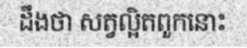
ដឹងថា សត្វល្អិតពួកនោះ